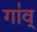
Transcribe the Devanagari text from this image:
गा॑व्